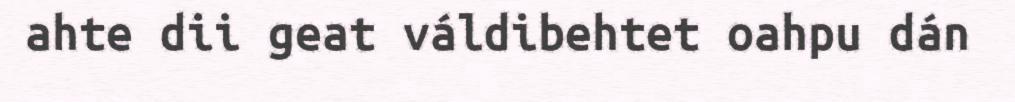
ahte dii geat váldibehtet oahpu dán